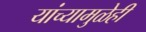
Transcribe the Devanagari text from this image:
यांच्यामुळेही